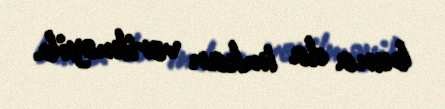
buna da imkan verilməyib.